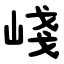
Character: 㟞